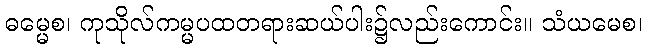
ဓမ္မေစ၊ ကုသိုလ်ကမ္မပထတရားဆယ်ပါး၌လည်းကောင်း။ သံယမေစ၊